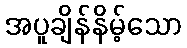
အပူချိန်နိမ့်သော